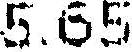
5.65